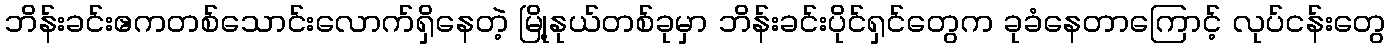
ဘိန်းခင်းဧကတစ်သောင်းလောက်ရှိနေတဲ့ မြို့နုယ်တစ်ခုမှာ ဘိန်းခင်းပိုင်ရှင်တွေက ခုခံနေတာကြောင့် လုပ်ငန်းတွေ